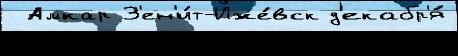
 Амкар З'ен'и́т-Иже́вск д'екабр'я́